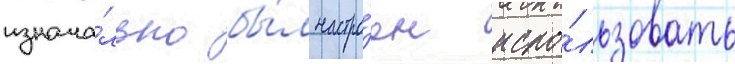
изнача́льно бы́л настро́ен испо́льзовать